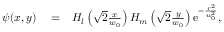
\begin{array} { r l r } { \psi ( x , y ) } & { { } = } & { H _ { l } \left( \sqrt { 2 } \frac { x } { w _ { 0 } } \right) H _ { m } \left( \sqrt { 2 } \frac { y } { w _ { 0 } } \right) \mathrm { e } ^ { - \frac { r ^ { 2 } } { w _ { 0 } ^ { 2 } } } , } \end{array}